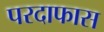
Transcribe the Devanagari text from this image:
परदाफास